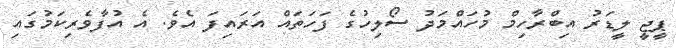
ޕީޖީ ލީޑަރު އިބްރާހިމް މުހައްމަދު ސޯލިހުގެ ފަހަތައް އަރައިފަ އެވެ. އެ އުފާވެރިކަމުގައި